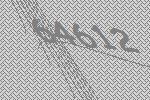
64612